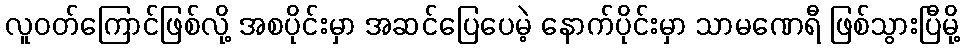
လူဝတ်ကြောင်ဖြစ်လို့ အစပိုင်းမှာ အဆင်ပြေပေမဲ့ နောက်ပိုင်းမှာ သာမဏေရီ ဖြစ်သွားပြီမို့